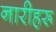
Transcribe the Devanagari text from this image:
नारीहरू